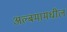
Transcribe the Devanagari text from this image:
अल्बमामधील